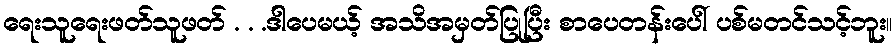
ရေးသူရေးဖတ်သူဖတ် . . .ဒါပေမယ့် အသိအမှတ်ပြုပြီး စာပေတန်းပေါ် ပစ်မတင်သင့်ဘူး။